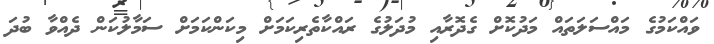
ވައްކަމުގެ މައްސަލަތައް މަދުކޮށް ގެދޮރާއި މުދަލުގެ ރައްކާތެރިކަމަށް މިކަންކަމަށް ސަމާލުކަން ދެއްވާ ބުދަ